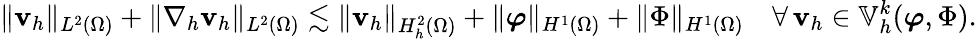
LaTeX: \| \mathbf{v}_{h}\| _{L^{2}(\Omega)}+\| \nabla_{h}\mathbf{v}_{h}\| _{L^{2}(\Omega)}\lesssim\| \mathbf{v}_{h}\| _{H_{h}^{2}(\Omega)}+\| \boldsymbol{\varphi}\| _{H^{1}(\Omega)}+\| \Phi\| _{H^{1}(\Omega)}\quad\forall\, \mathbf{v}_{h}\in\mathbb{V}_{h}^{k}(\boldsymbol{\varphi},\Phi).